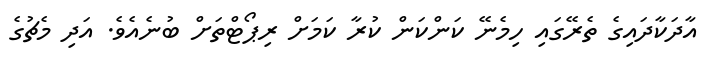
އާދަކާދައިގެ ތެރޭގައި ހިމެނޭ ކަންކަން ކުރާ ކަމަށް ރިޕޯޓްތަށް ބުނެއެވެ. އަދި މެޗުގެ